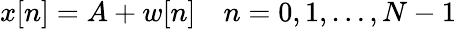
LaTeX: x[n]=A+w[n]\quad n=0,1,\dots,N-1